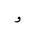
Letter: _waw